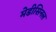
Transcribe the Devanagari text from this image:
मेडीसिनल